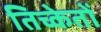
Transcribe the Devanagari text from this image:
तिच्केतों